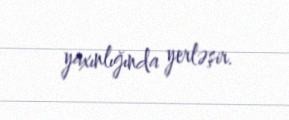
yaxınlığında yerləşir.